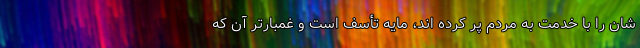
شان را با خدمت به مردم پر کرده اند، مایه تأسف است و غمبارتر آن که